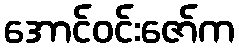
အောင်ဝင်းဇော်က